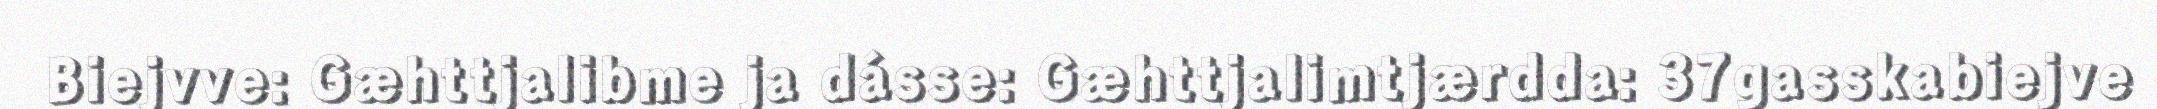
Biejvve: Gæhttjalibme ja dásse: Gæhttjalimtjærdda: 37gasskabiejve